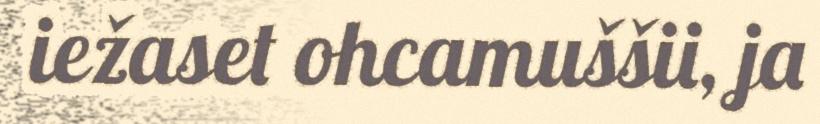
iežaset ohcamuššii, ja